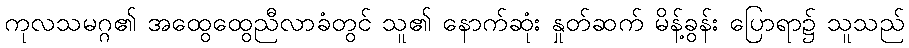
ကုလသမဂ္ဂ၏ အထွေထွေညီလာခံတွင် သူ၏ နောက်ဆုံး နှုတ်ဆက် မိန့်ခွန်း ပြောရာ၌ သူသည်